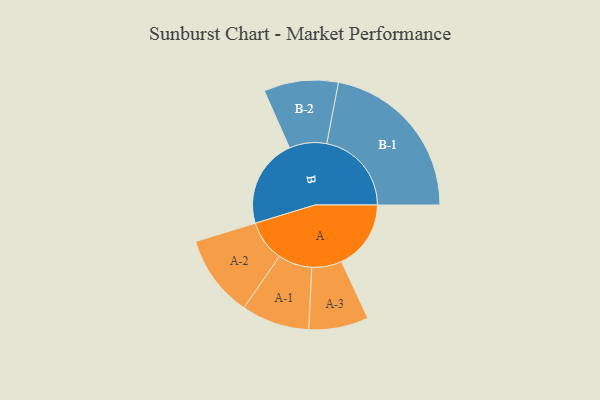
{"axis": {"x": "Segment", "y": "Value"}, "legend": ["", "A", "B"], "data": [{"x": "A", "y": 237, "type": ""}, {"x": "B", "y": 303, "type": ""}, {"x": "A-1", "y": 116, "type": "A"}, {"x": "A-2", "y": 140, "type": "A"}, {"x": "A-3", "y": 102, "type": "A"}, {"x": "B-1", "y": 289, "type": "B"}, {"x": "B-2", "y": 127, "type": "B"}]}